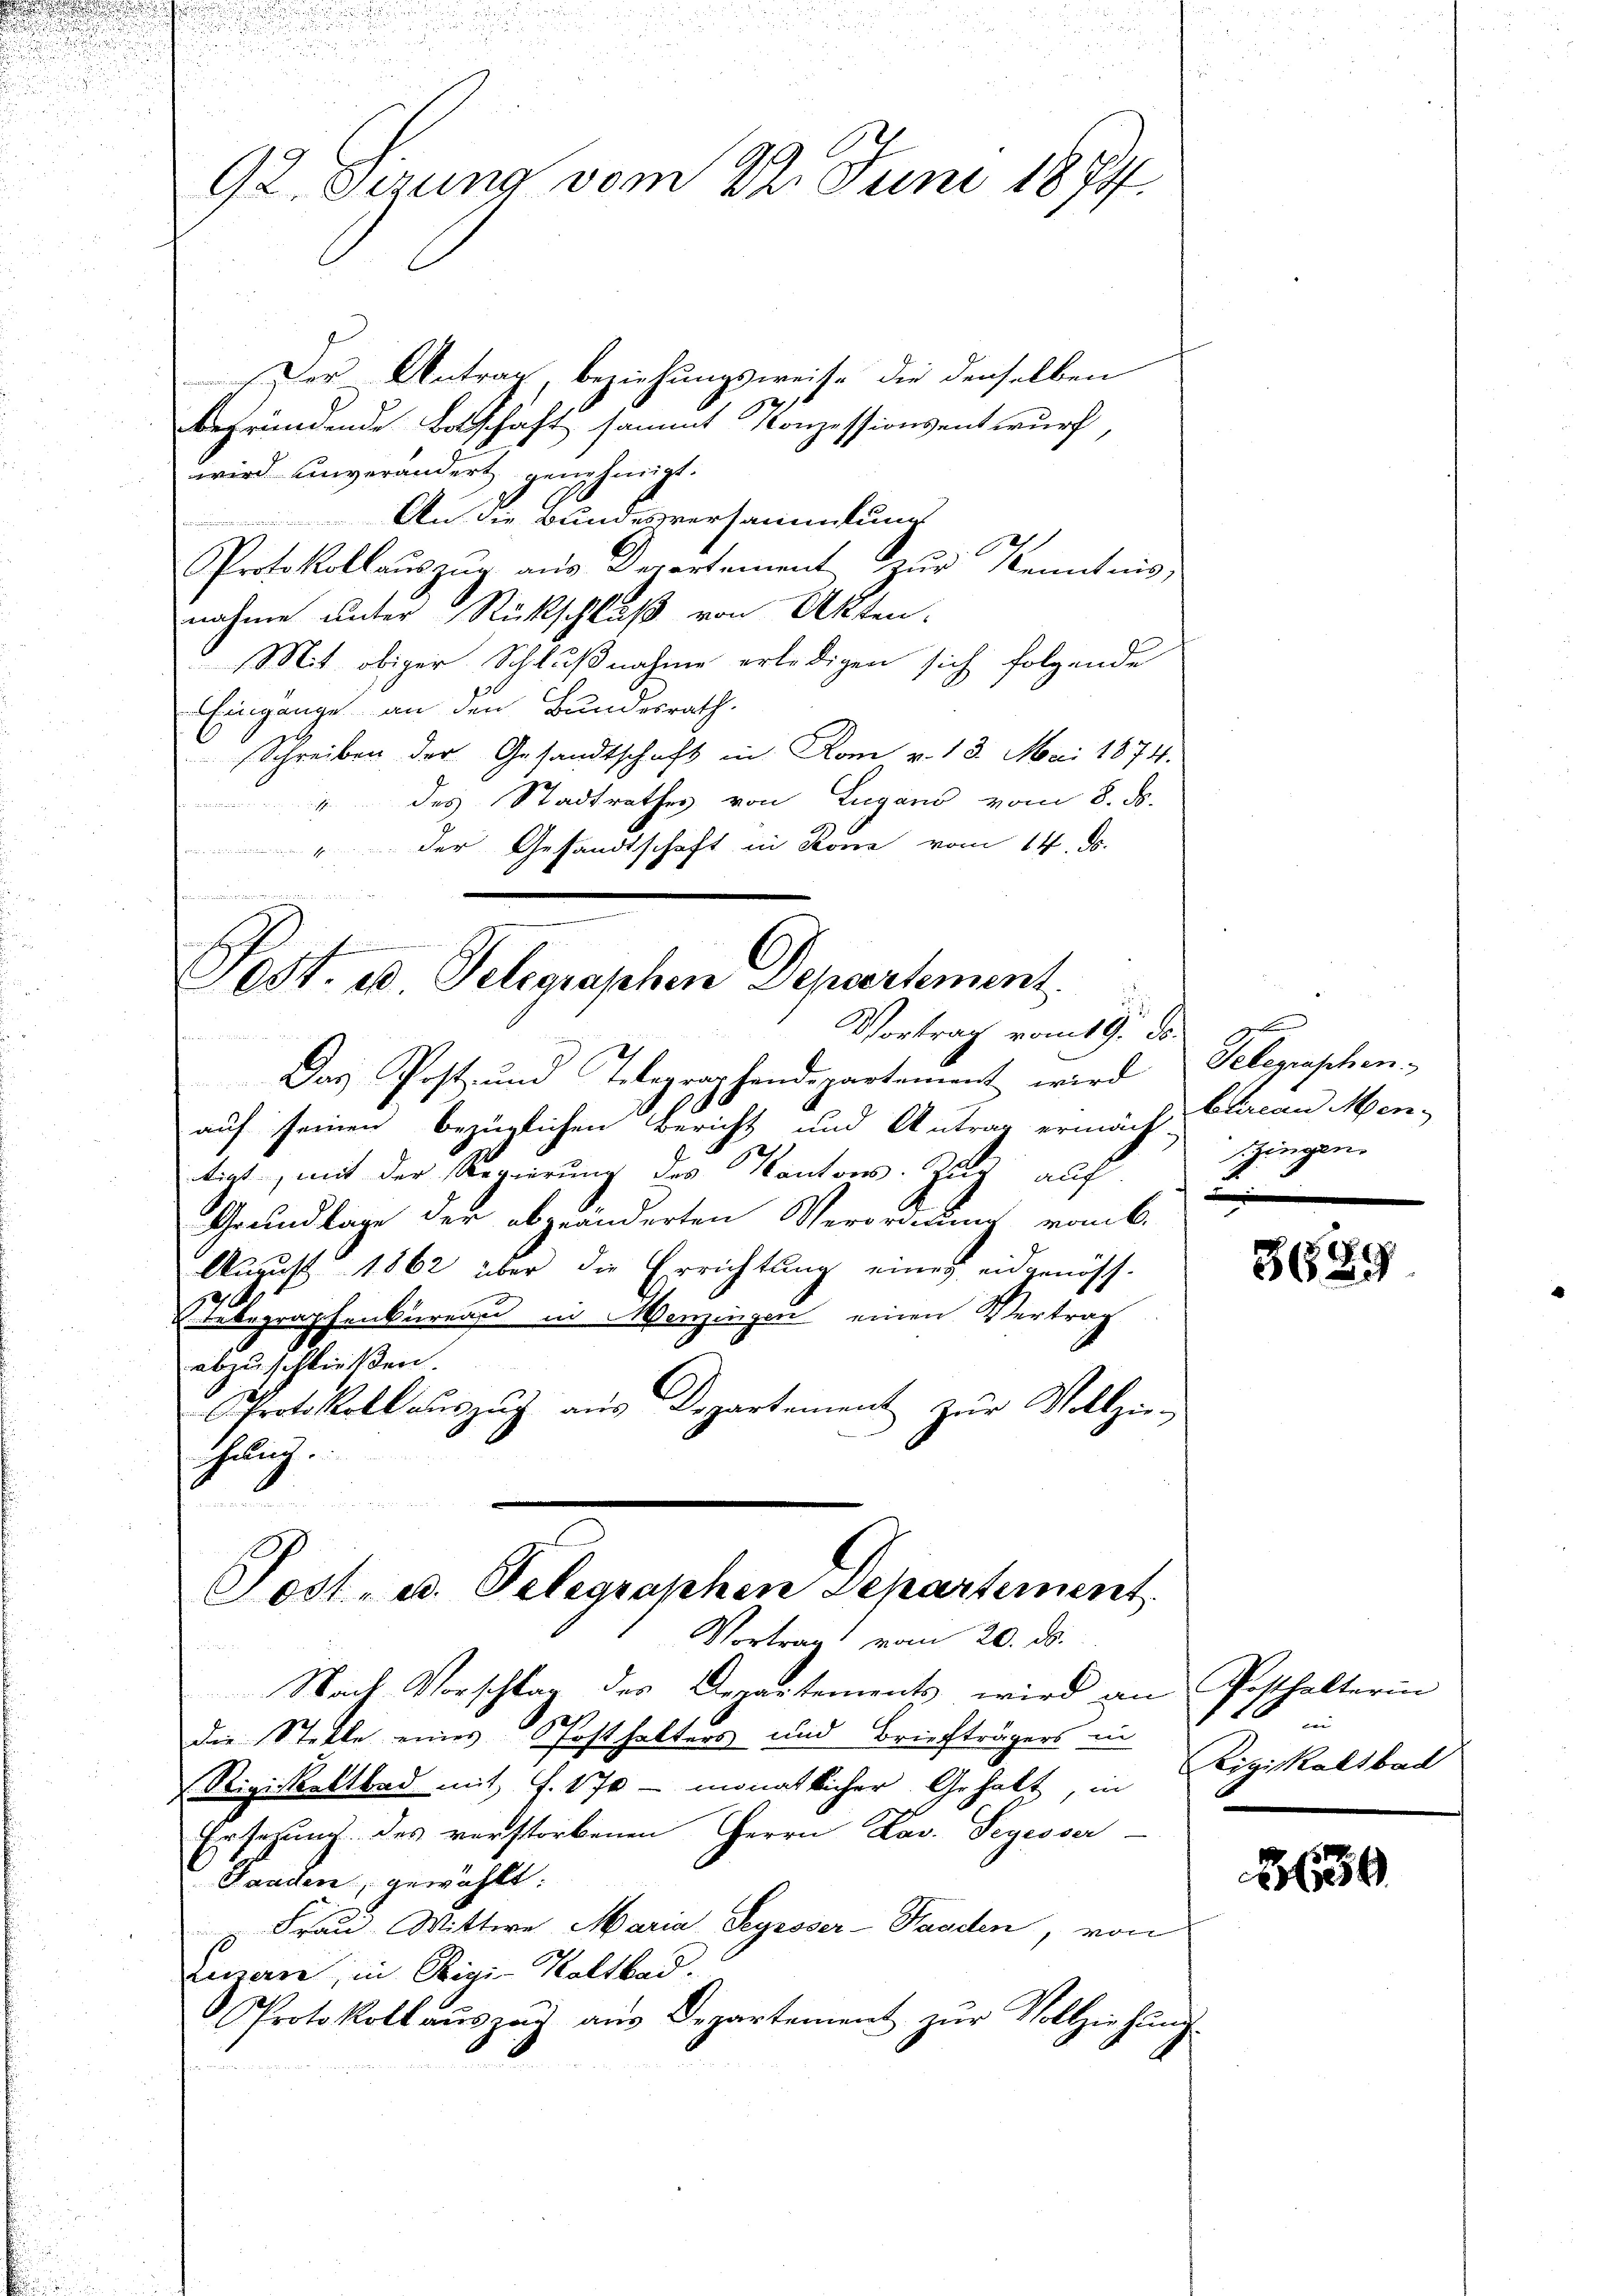
92. Setzung vom 22. Juni 1874.

Der Antrag beziehungsweise die denselben
begründende Botschaft sammt Konzessionsentwurf,
wird unverändert genehmigt.
An die Bundesversammlung
Protokollaŭszŭg aŭs derartement zŭr Kenntnis
nahme unter Rückschluß von Akten.
Mit obiger Schlußnahme erledigen sich folgende
Eingänge an den Bundesrath
Schreiben der Gesandtschaft in Rom v. 13. Mai 1874.
des Stadtrathes von Lugano vom 8. ds.
 1
"der Gesandtschaft in Könne vom 14. d.
.

.
Sest. u. Telegraphen Departement.
Vortrag vom 19. ds.

Das Post- und Telegraphendepartement wird Delegraschen.
auf seinen bezüglichen Bericht und Antrag ermäch-
tigt, mit der Regierung des Kantons-Zug auf
Grundlage der abgeänderten Verordnung vom 6.
August 1862 über die Errichtung eines eidgenöss-
2
Einbegraphenbureau in Menzingen einen Vertrag
abzuschließen.
Protokoll aŭszŭg aŭs Departement zŭr Vollzie
halig

Post- u. Telegraphen Departement
Vortrag vom 20. ds.

Nach Vorschlag des Departements wird an Posthalterin
e
Die Stelle eines Posthalters und Briefträgers in
Rigiskaltbad mit S. 170 - monatlicher Gehalt, in
Ersezung des verstorbenen Herrn Lav. Segesser-
Gaaden, gewählt:
Frau Wittwe Maria Segesser-Standen, von
Zuserre, in Rigi-Kaltbad.
Protokoll aŭszŭg aŭs Departement zŭr Vollziehŭng.

Bureau Men
gingen

3629

Rigiskalsbad

230